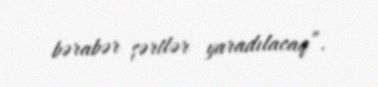
bərabər şərtlər yaradılacaq”.